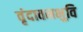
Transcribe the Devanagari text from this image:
वृंदावनभुवि